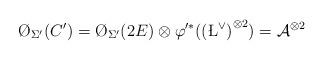
LaTeX: \begin{align*}\O_{\Sigma'}(C')=\O_{\Sigma'}(2E)\otimes \varphi'^*({(\L^\vee)}^{\otimes 2})=\mathcal A^{\otimes 2}\end{align*}